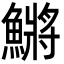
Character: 鱂